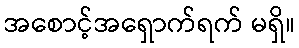
အစောင့်အရှောက်ရက် မရှိ။